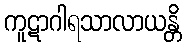
ကူဋာဂါရသာလာယန္တိ